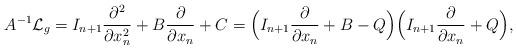
LaTeX: \begin{align*} A^{-1} \mathcal{L}_g = I_{n+1}\frac{\partial^2 }{\partial x_n^2} + B \frac{\partial }{\partial x_n} + C = \Bigl(I_{n+1}\frac{\partial }{\partial x_n} + B - Q\Bigr)\Bigl(I_{n+1}\frac{\partial }{\partial x_n} + Q\Bigr),\end{align*}